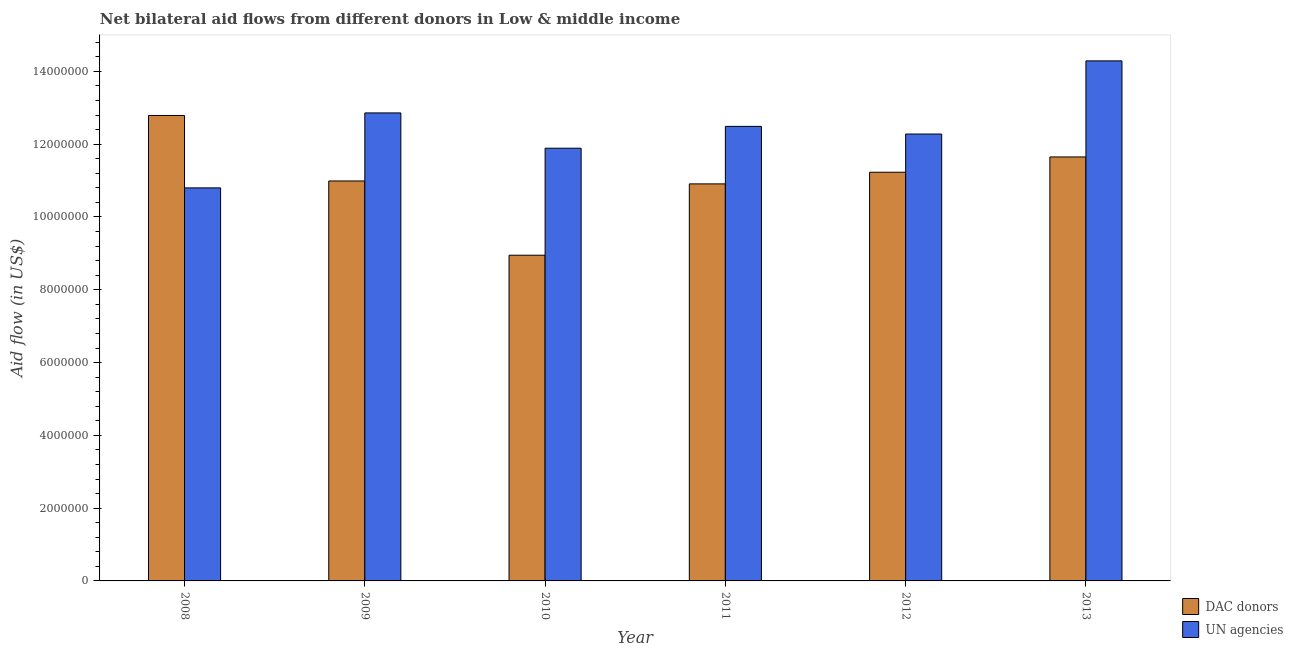
| Year | DAC donors | UN agencies |
 | --- | --- | --- |
 | 2008 | 1.28e+07 | 1.08e+07 |
 | 2009 | 1.1e+07 | 1.29e+07 |
 | 2010 | 8.95e+06 | 1.19e+07 |
 | 2011 | 1.09e+07 | 1.25e+07 |
 | 2012 | 1.12e+07 | 1.23e+07 |
 | 2013 | 1.16e+07 | 1.43e+07 |